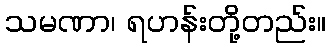
သမဏာ၊ ရဟန်းတို့တည်း။